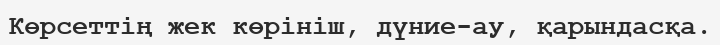
Көрсеттің жек көрініш, дүние-ау, қарындасқа.